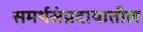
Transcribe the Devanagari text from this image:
समर्थसंप्रदायातील